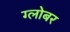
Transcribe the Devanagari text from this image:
ग्लोबर